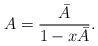
\begin{align*}A = \frac{\bar{A}}{1-x\bar{A}}. \end{align*}